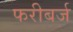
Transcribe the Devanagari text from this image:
फरीबर्ज